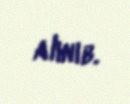
alınıb.